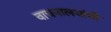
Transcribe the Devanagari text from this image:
वाचनालयांची